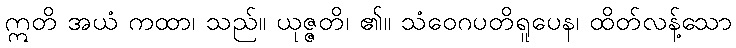
ဣတိ အယံ ကထာ၊ သည်။ ယုဇ္ဇတိ၊ ၏။ သံဝေဂပတိရူပေန၊ ထိတ်လန့်သော